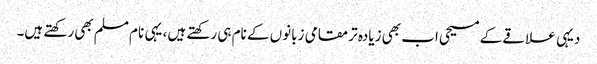
دیہی علاقے کے مسیحی اب بھی زیادہ تر مقامی زبانوں کے نام ہی رکھتے ہیں، یہی نام مسلم بھی رکھتے ہیں۔